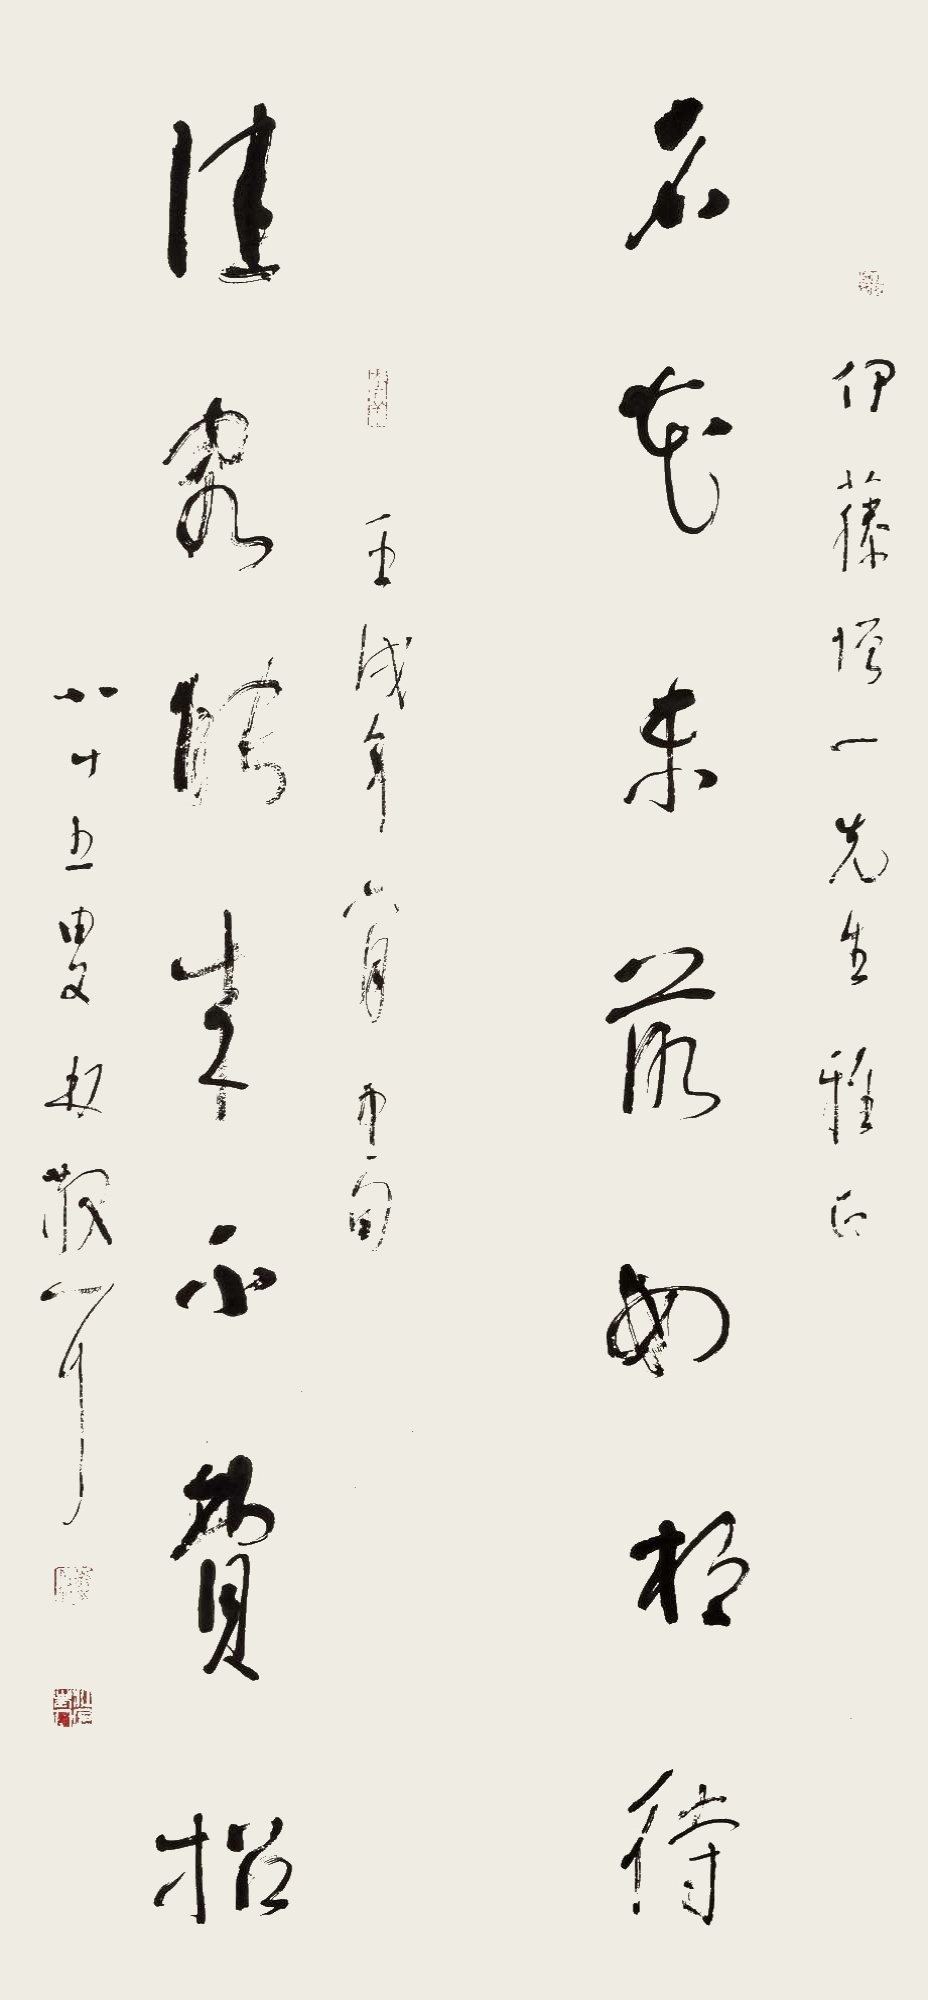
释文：名花未落如相待，佳客能来不费招。伊藤增一先生雅正。壬戌年六月中旬。八十五叟林散耳。